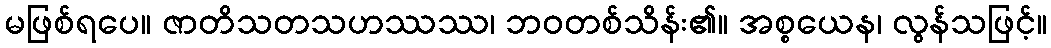
မဖြစ်ရပေ။ ဇာတိသတသဟဿဿ၊ ဘဝတစ်သိန်း၏။ အစ္စယေန၊ လွန်သဖြင့်။